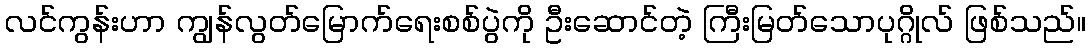
လင်ကွန်းဟာ ကျွန်လွတ်မြောက်ရေးစစ်ပွဲကို ဦးဆောင်တဲ့ ကြီးမြတ်သောပုဂ္ဂိုလ် ဖြစ်သည်။